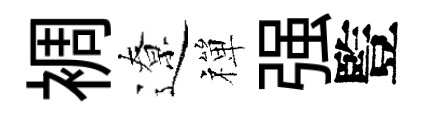
裯遼禪强䜿